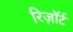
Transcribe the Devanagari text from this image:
रिज़ाॅर्ट